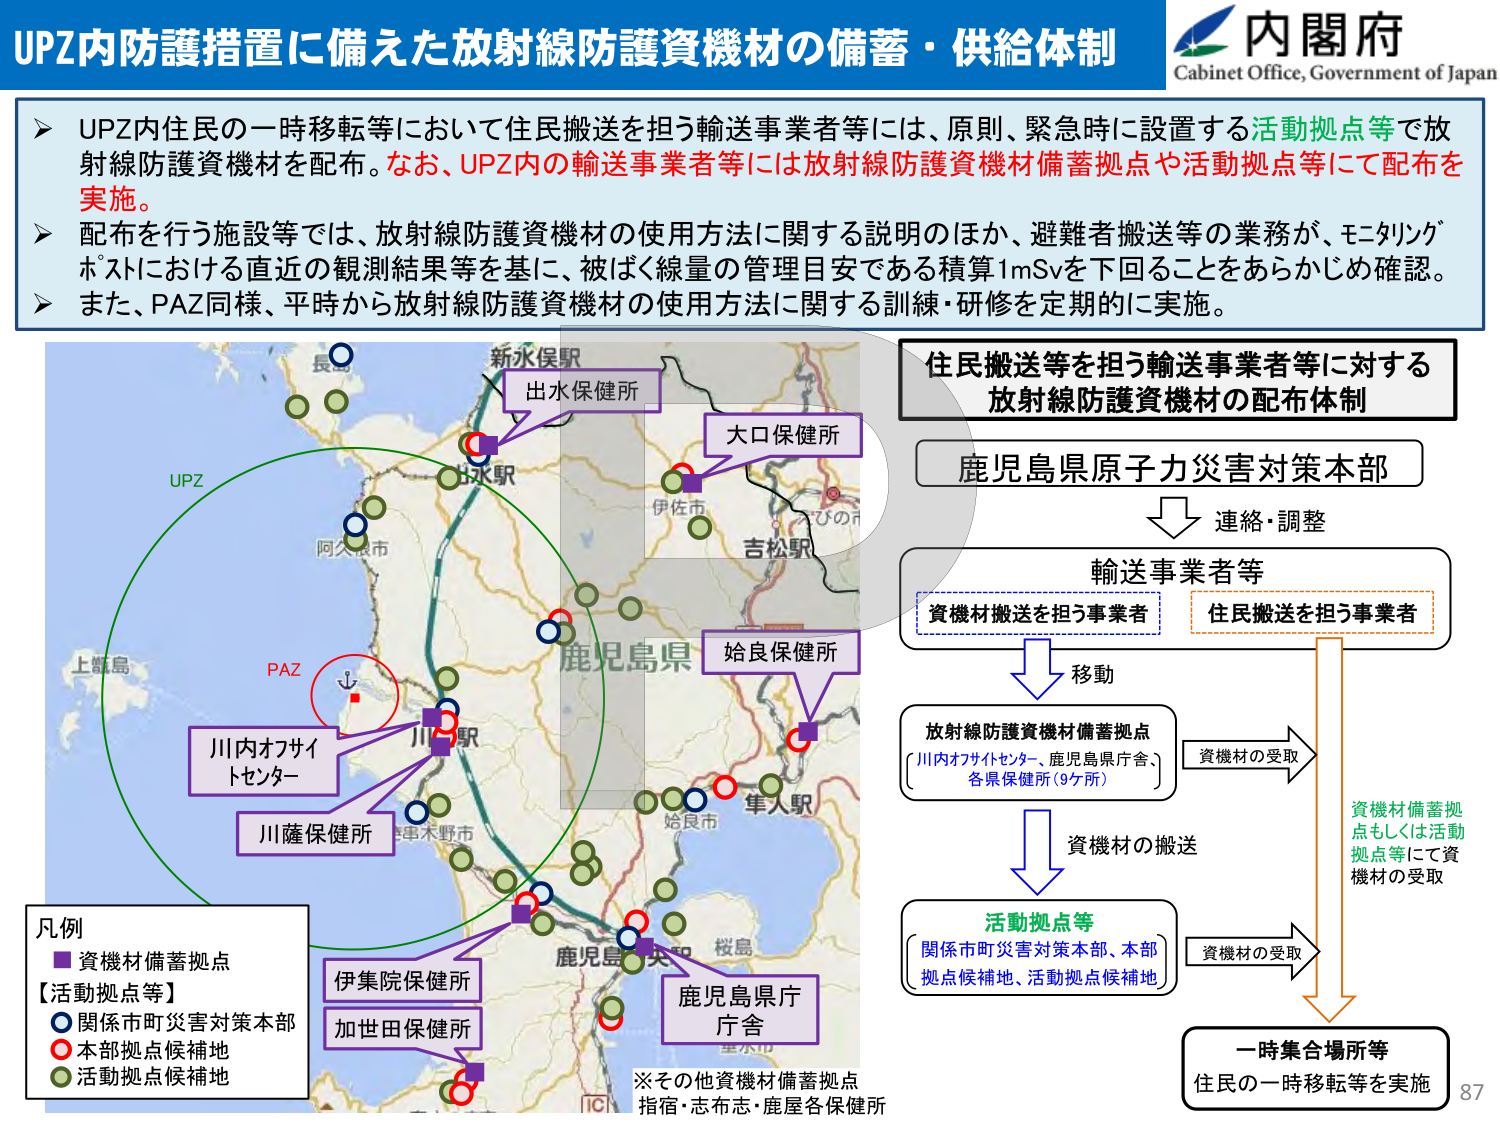
UPZ内防護措置に備えた放射線防護資機材の備蓄・供給体制
内閣府
Cabinet Office, Government of Japan

➤ UPZ内住民の一時移転等において住民搬送を担う輸送事業者等には、原則、緊急時に設置する活動拠点等で放射線防護資機材を配布。なお、UPZ内の輸送事業者等には放射線防護資機材備蓄拠点や活動拠点等にて配布を実施。
➤ 配布を行う施設等では、放射線防護資機材の使用方法に関する説明のほか、避難者搬送等の業務が、モニタリングポストにおける直近の観測結果等を基に、被ばく線量の管理目安である積算1mSvを下回ることをあらかじめ確認。
➤ また、PAZ同様、平時から放射線防護資機材の使用方法に関する訓練・研修を定期的に実施。

住民搬送等を担う輸送事業者等に対する
放射線防護資機材の配布体制

鹿児島県原子力災害対策本部
↓ 連絡・調整

輸送事業者等
[資機材搬送を担う事業者] [住民搬送を担う事業者]
↓ 移動

放射線防護資機材備蓄拠点
[川内オフサイトセンター、鹿児島県庁舎、各県保健所（9ケ所）]
→ 資機材の受取
↓ 資機材の搬送

活動拠点等
[関係市町災害対策本部、本部拠点候補地、活動拠点候補地]
→ 資機材の受取

資機材備蓄拠点もしくは活動拠点等にて資機材の受取

一時集合場所等
住民の一時移転等を実施

凡例
■ 資機材備蓄拠点
【活動拠点等】
○ 関係市町災害対策本部
○ 本部拠点候補地
○ 活動拠点候補地

※その他資機材備蓄拠点
指宿・志布志・鹿屋各保健所

地図上記載：
UPZ
PAZ
新水俣駅
出水保健所
大口保健所
伊佐市
吉松駅
鹿児島県
川内オフサイトセンター
川薩保健所
車木野市
始良保健所
車人駅
始良市
鹿児島県庁舎
桜島
重水市
IC
伊集院保健所
加世田保健所
川内駅
阿久根市
長島
上甑島
鹿児島市

87